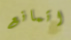
اتمانع